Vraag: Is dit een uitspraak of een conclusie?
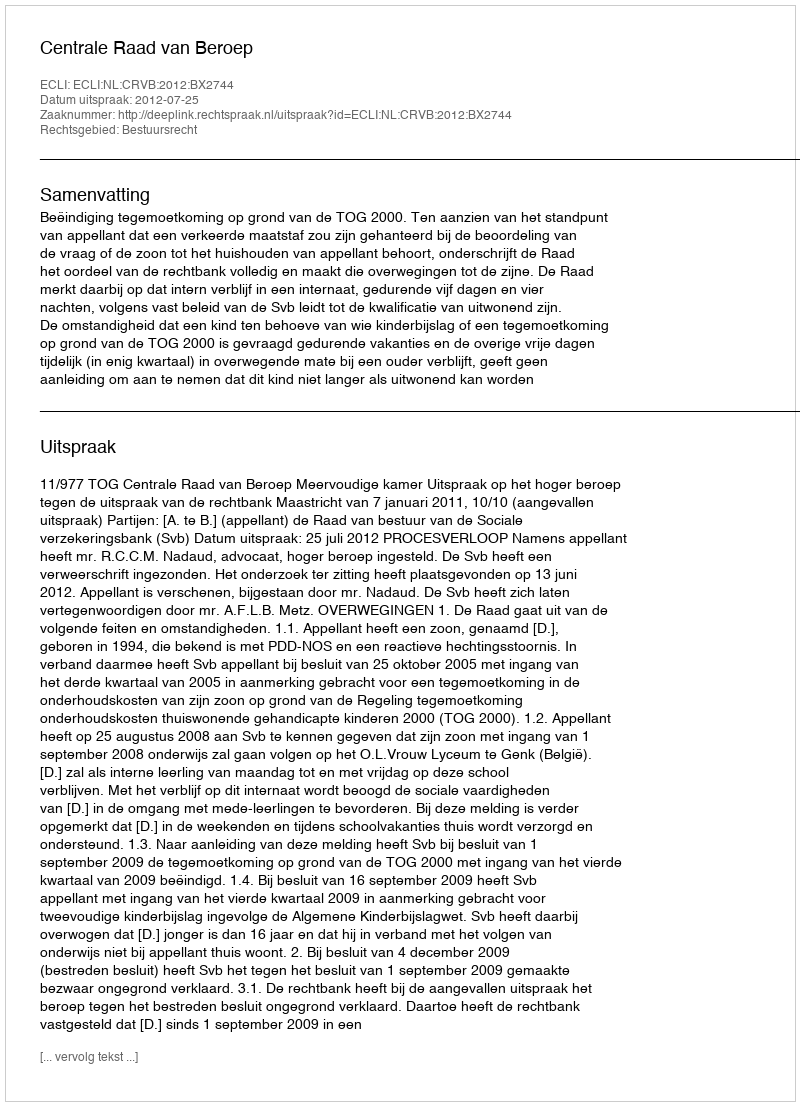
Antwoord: Uitspraak